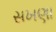
સખણા